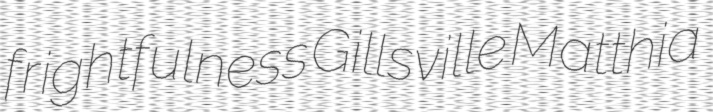
frightfulness Gillsville Matthia